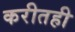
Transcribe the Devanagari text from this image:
करीतही